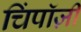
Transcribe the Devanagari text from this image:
चिंपाॅज़ी